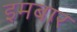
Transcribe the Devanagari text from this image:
इमबार